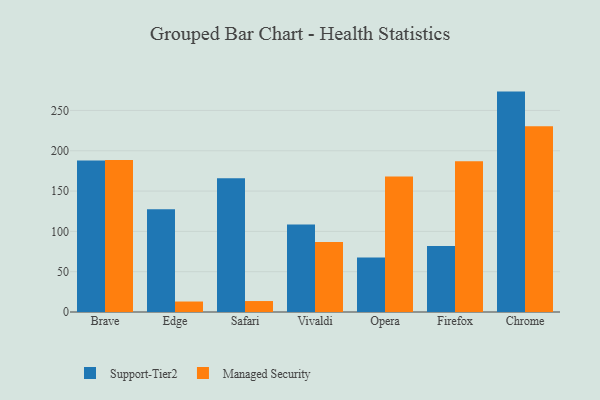
{"axis": {"x": "Browser", "y": "Revenue (USD Million)"}, "legend": ["Managed Security", "Support-Tier2"], "data": [{"x": "Brave", "y": 187.8, "type": "Support-Tier2"}, {"x": "Brave", "y": 188.7, "type": "Managed Security"}, {"x": "Edge", "y": 127.5, "type": "Support-Tier2"}, {"x": "Edge", "y": 13.0, "type": "Managed Security"}, {"x": "Safari", "y": 166.0, "type": "Support-Tier2"}, {"x": "Safari", "y": 13.6, "type": "Managed Security"}, {"x": "Vivaldi", "y": 108.6, "type": "Support-Tier2"}, {"x": "Vivaldi", "y": 86.7, "type": "Managed Security"}, {"x": "Opera", "y": 67.5, "type": "Support-Tier2"}, {"x": "Opera", "y": 168.2, "type": "Managed Security"}, {"x": "Firefox", "y": 82.0, "type": "Support-Tier2"}, {"x": "Firefox", "y": 187.1, "type": "Managed Security"}, {"x": "Chrome", "y": 273.4, "type": "Support-Tier2"}, {"x": "Chrome", "y": 230.5, "type": "Managed Security"}]}